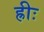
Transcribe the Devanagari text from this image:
ह्रीः